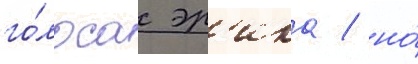
го́лоса эр'ика / но́